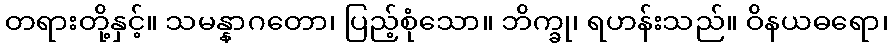
တရားတို့နှင့်။ သမန္နာဂတော၊ ပြည့်စုံသော။ ဘိက္ခု၊ ရဟန်းသည်။ ဝိနယဓရော၊